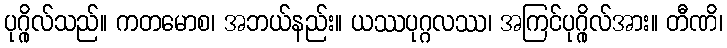
ပုဂ္ဂိုလ်သည်။ ကတမောစ၊ အဘယ်နည်း။ ယဿပုဂ္ဂလဿ၊ အကြင်ပုဂ္ဂိုလ်အား။ တီဏိ၊